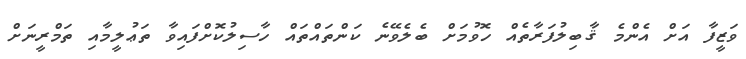
ވަޒީފާ އަށް އެންމެ ޤާބިލުފަރާތެއް ހޮވުމަށް ބެލެވޭނެ ކަންތައްތައް ހާސިލުކޮށްފައިވާ ތަޢުލީމާއި ތަމްރީނަށް